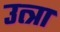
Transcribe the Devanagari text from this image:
उत्त्रा